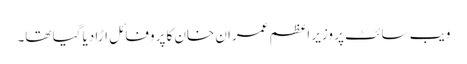
ویب سائٹ پر وزیر اعظم عمران خان کا پروفائل اڑا دیا گیا تھا۔